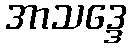
အာသဒ္ဒေ